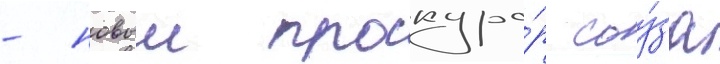
- новыи прокуро́р соу́за